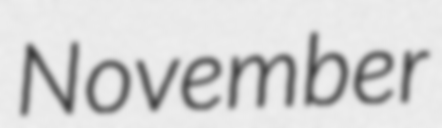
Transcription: November